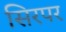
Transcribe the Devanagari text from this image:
सिरपर